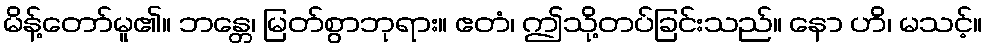
မိန့်တော်မူ၏။ ဘန္တေ၊ မြတ်စွာဘုရား။ ဧတံ၊ ဤသို့တပ်ခြင်းသည်။ နော ဟိ၊ မသင့်။